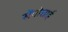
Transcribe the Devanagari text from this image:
सेंगोत्ताई